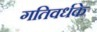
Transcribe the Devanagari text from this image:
गतिवर्धके